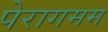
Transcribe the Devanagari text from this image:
पेरागमम